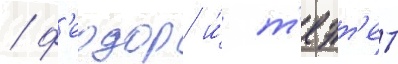
/ ф'еодор и́ т'еэт'ет